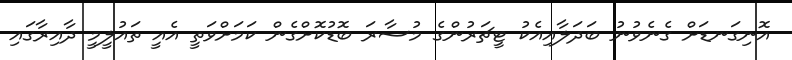
އޮނިގަނޑަށް ގެނެވުނު ބަދަލާއިއެކު ޓީޗަރުންގެ މުސާރަ ބޮޑުކޮށްގެން ކަމަށްވަތީ އެއީ ތައުލީމީ ދާއިރާގައި